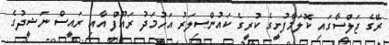
ރޭގެ ޖަލްސާގައި ކޮލަމާފުށީގެ ކުރީގެ ކައުންސިލަރު އަހުމަދު ރައޫފް އާއި ރައީސް ނަޝީދުގެ